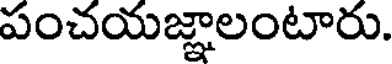
పంచయజ్ఞాలంటారు.